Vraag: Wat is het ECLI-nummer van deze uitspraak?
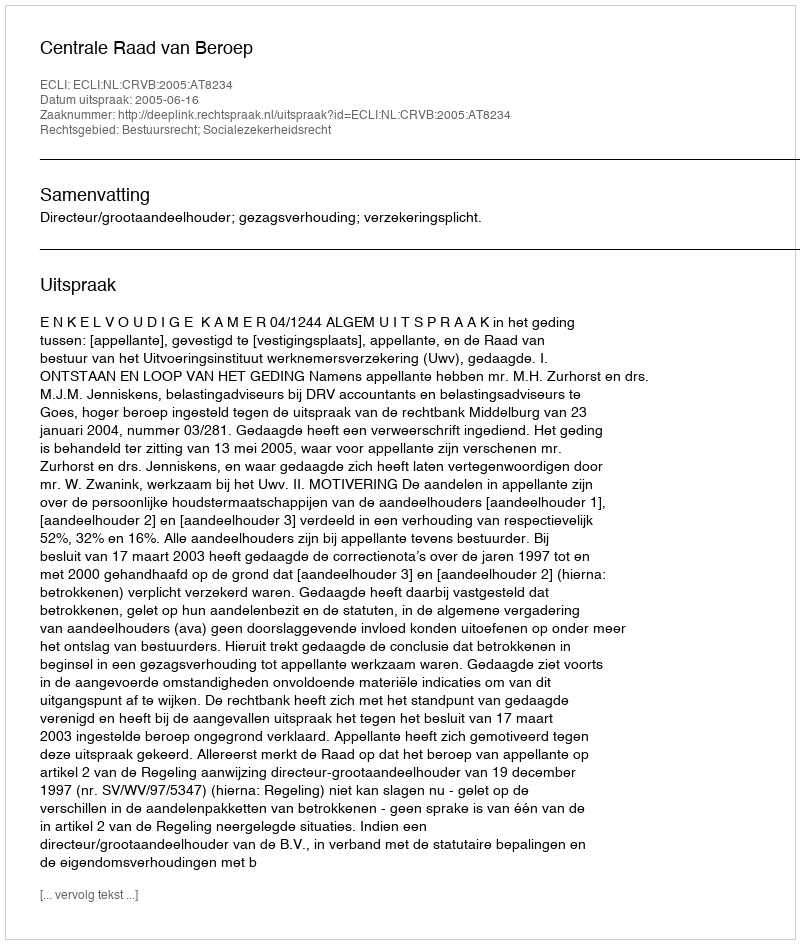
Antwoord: ECLI:NL:CRVB:2005:AT8234